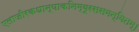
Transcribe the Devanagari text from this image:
एलाजीरकधान्याकनिम्बूरससमन्वितम्।